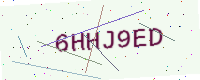
Text: 6HHJ9ED